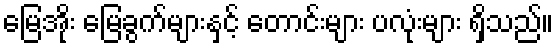
မြေအိုး မြေခွက်များနှင့် တောင်းများ ပလုံးများ ရှိသည်။